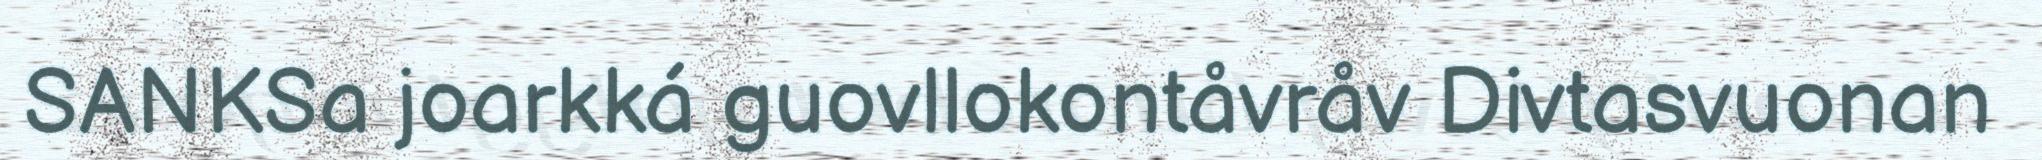
SANKSa joarkká guovllokontåvråv Divtasvuonan